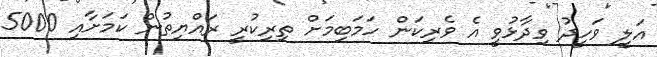
އަލީ ވަހީދު ވިދާޅުވީ އެ ވެރިކަން ހަމަބިމަށް ތިރިކުރީ ރައްޔިތުން ކަމަށާއި 5000